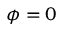
\phi = 0